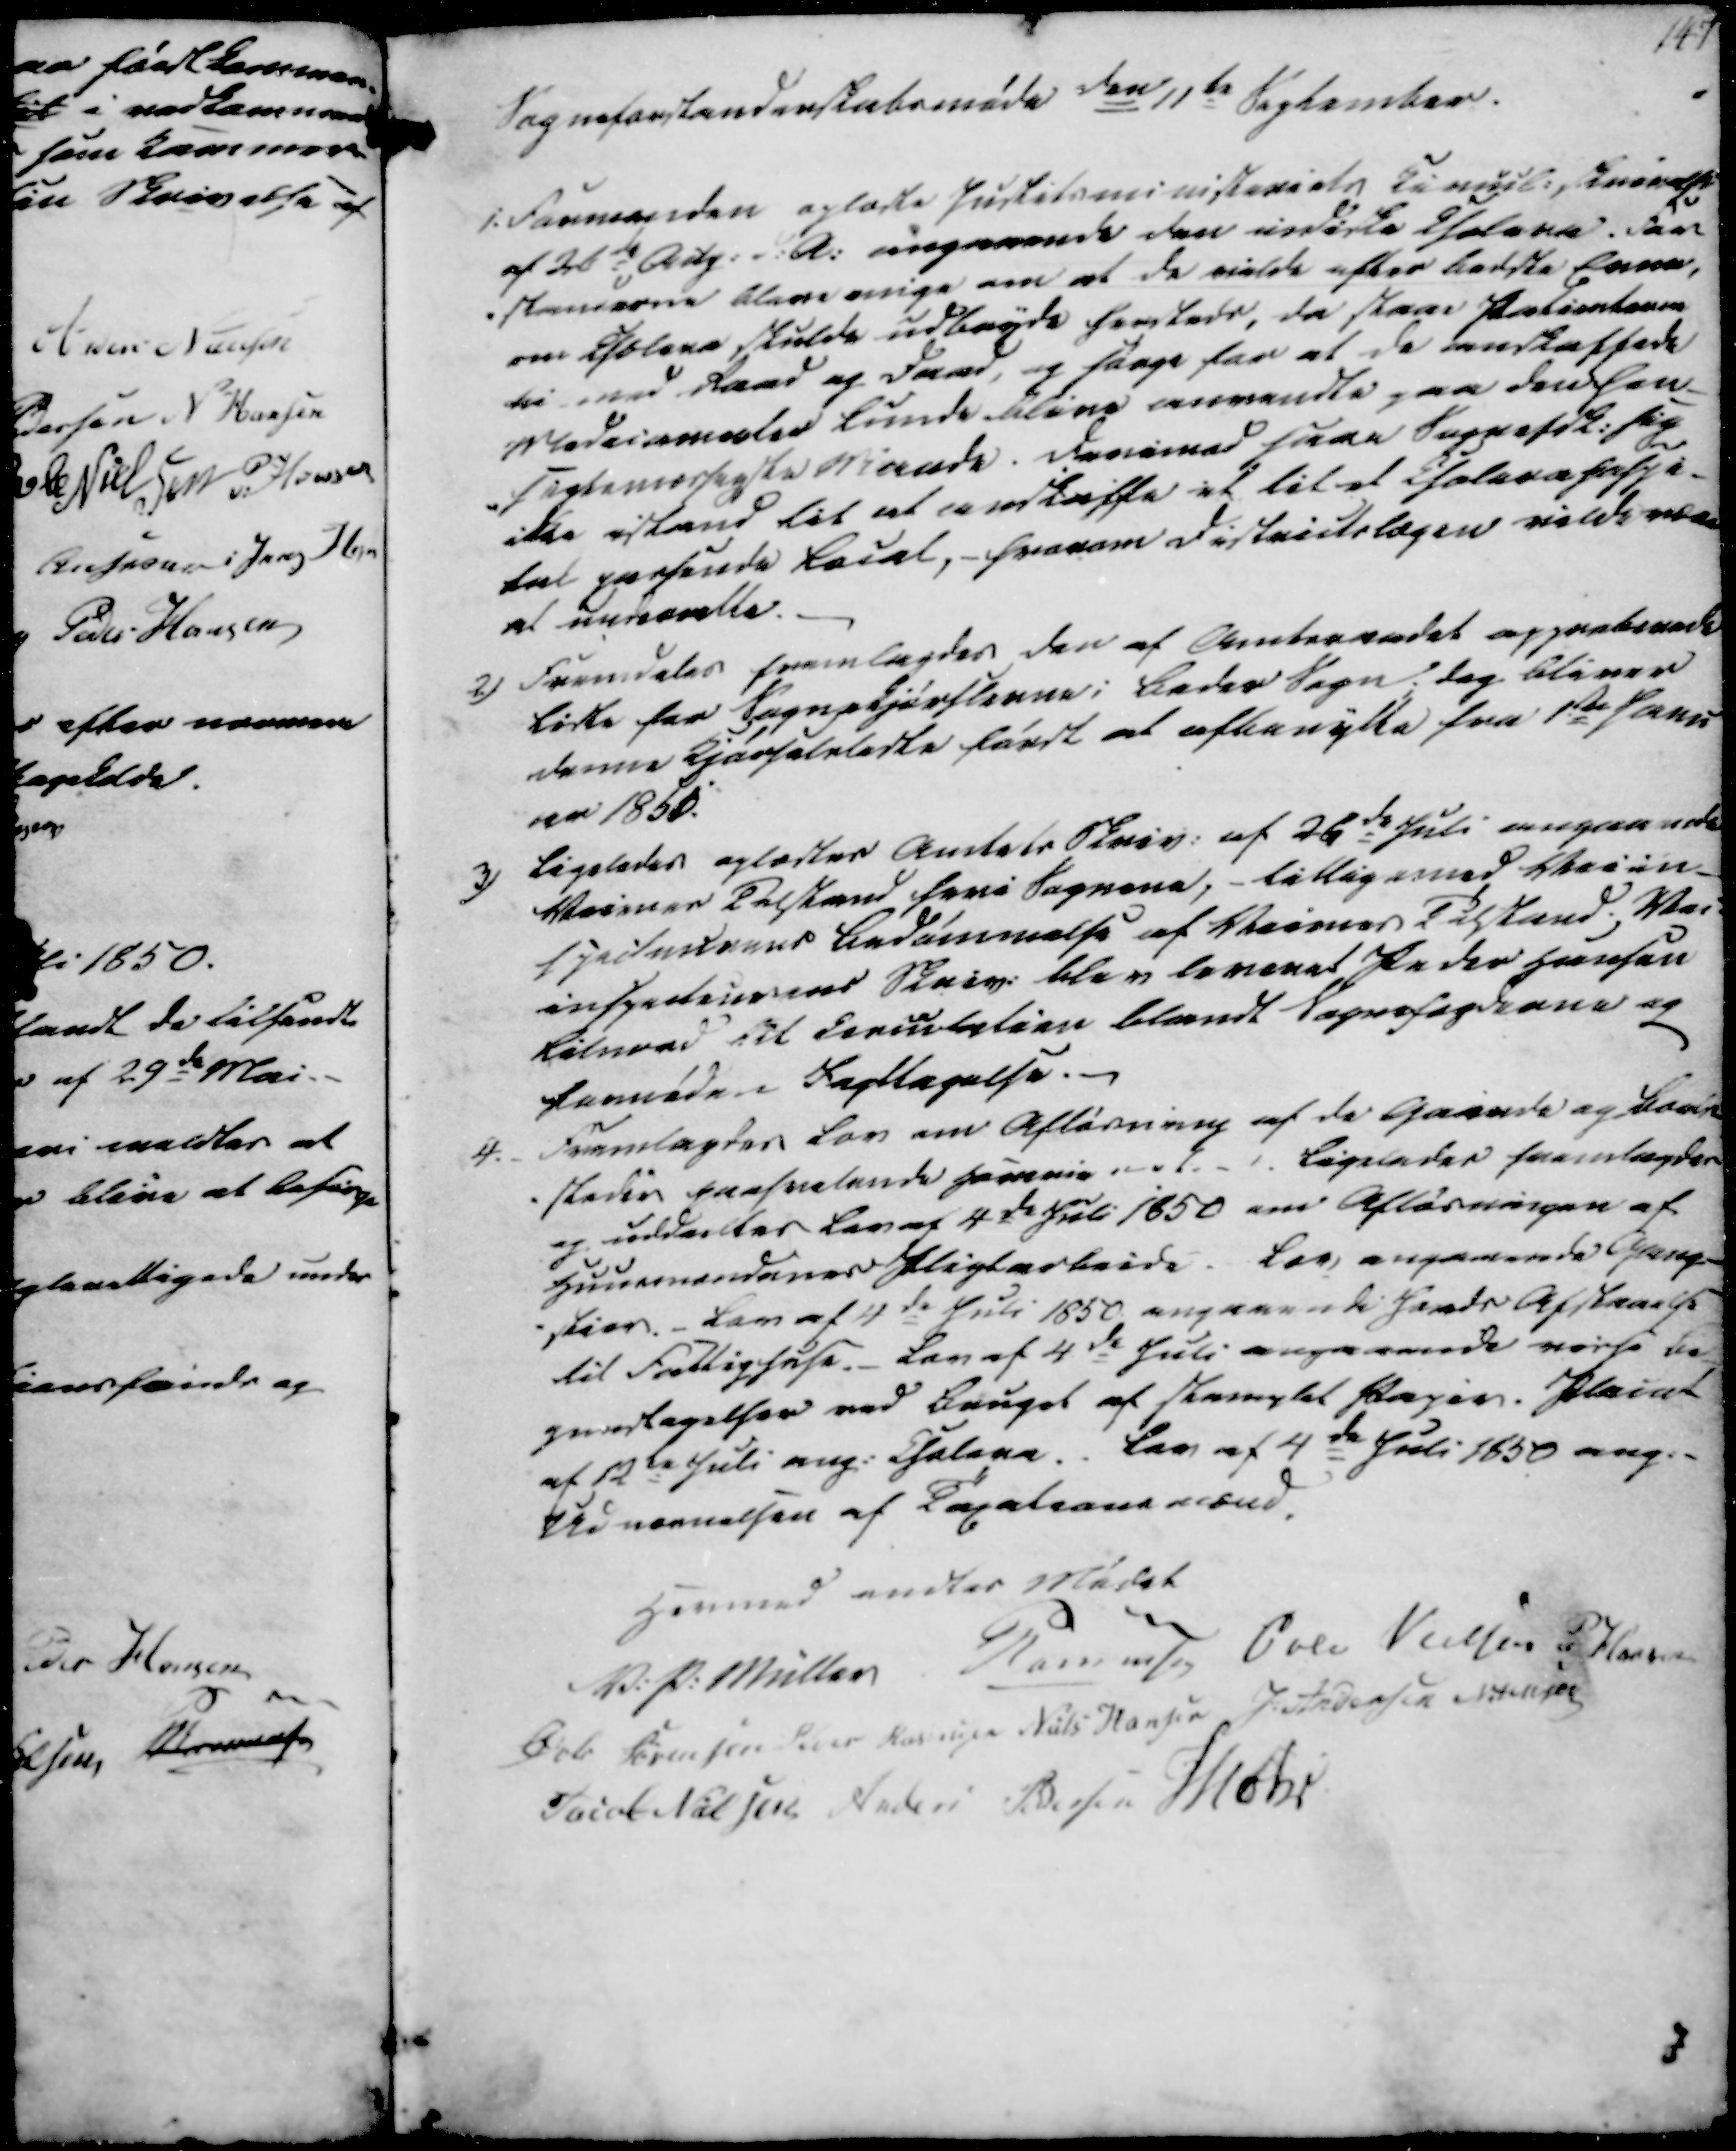
Transskription:
Sogneforstanderskabsmøde den 11te September.

1. Formanden oplæste Justitsministeriets Cancel. Skrivelse
af 20de Aug. d.A. angaaende den indiske Cholera. For
-standerne bleve enige om at de vilde efter bedste Evne,
om Cholera skulde udbryde hersteds, da staae Patienterne
bi med Raad og Daad, og sørge for at de anskaffede
Medicamenter kunde blive anvendte paa den Hen-
-sigtsmæssigste Maade. Derimod saae Sognefsk. sig
ikke istand til at anskaffe et til et Cholera Hospi-
tal passende Local, - hvorom Districtslægen vilde være
at underrette.
2) Fremdeles fremlagdes den af Amtsraadet approberede
Liste for Sognekjørslerne i Beder Sogn; dog bliver
denne Kjørselsliste først at afbenytte fra 1te Janu
ar 1850.
3) Ligeledes oplæstes Amtets Skriv. af 26de Juli angaaende
Veienes Tilstand heri Sognene, - tilligemed Veiin-
specteurens Bedømmelse af Veienes Tilstand. Vei
inspecteurens Skriv. blev leveret Peder Hansen
Lilnord til Circulation blandt Sognefogderne og
farnøde i Iagttagelse.
4. Fremlagtes Lov om Afløsning af de Gaarde og Bonde
-steder paahvilende Hammieret.
Ligeledes fremlagdes
og uddeeltes Lov af 4de Juli 1850 om Afløsningen af
Huusmændenes Pligtarbeide
Lov, angaaende Gang-
-stier. - Lov af 4de Juli 1850 angaaende Lands Afstaaelse
til Fattighuse. Lov af 4de Juli angaaende visse Be
grundtagelser ved Bruget af Stemplet Papir. Placat
af 12de Juli ang. Cholera. Lov af 4de Juli 1850 ang.-
Udnævnelsen af Taxationsmænd.

Hermed endtes Mødet
V. P. Müller
P Rasmussen
Øvle Nielsen
P. Hansen
Øvle Sørensen
Peder Rasmussen
Niels Hansen
J. Andersen
N. Jensen
Jacob Nielsen
Anders Pedersen
Mohr